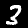
Label: 3